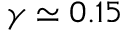
\gamma \simeq 0 . 1 5